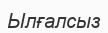
Ылғалсыз